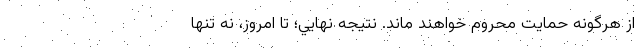
از هرگونه حمايت محروم خواهند ماند. نتيجه نهايي؛ تا امروز، نه تنها